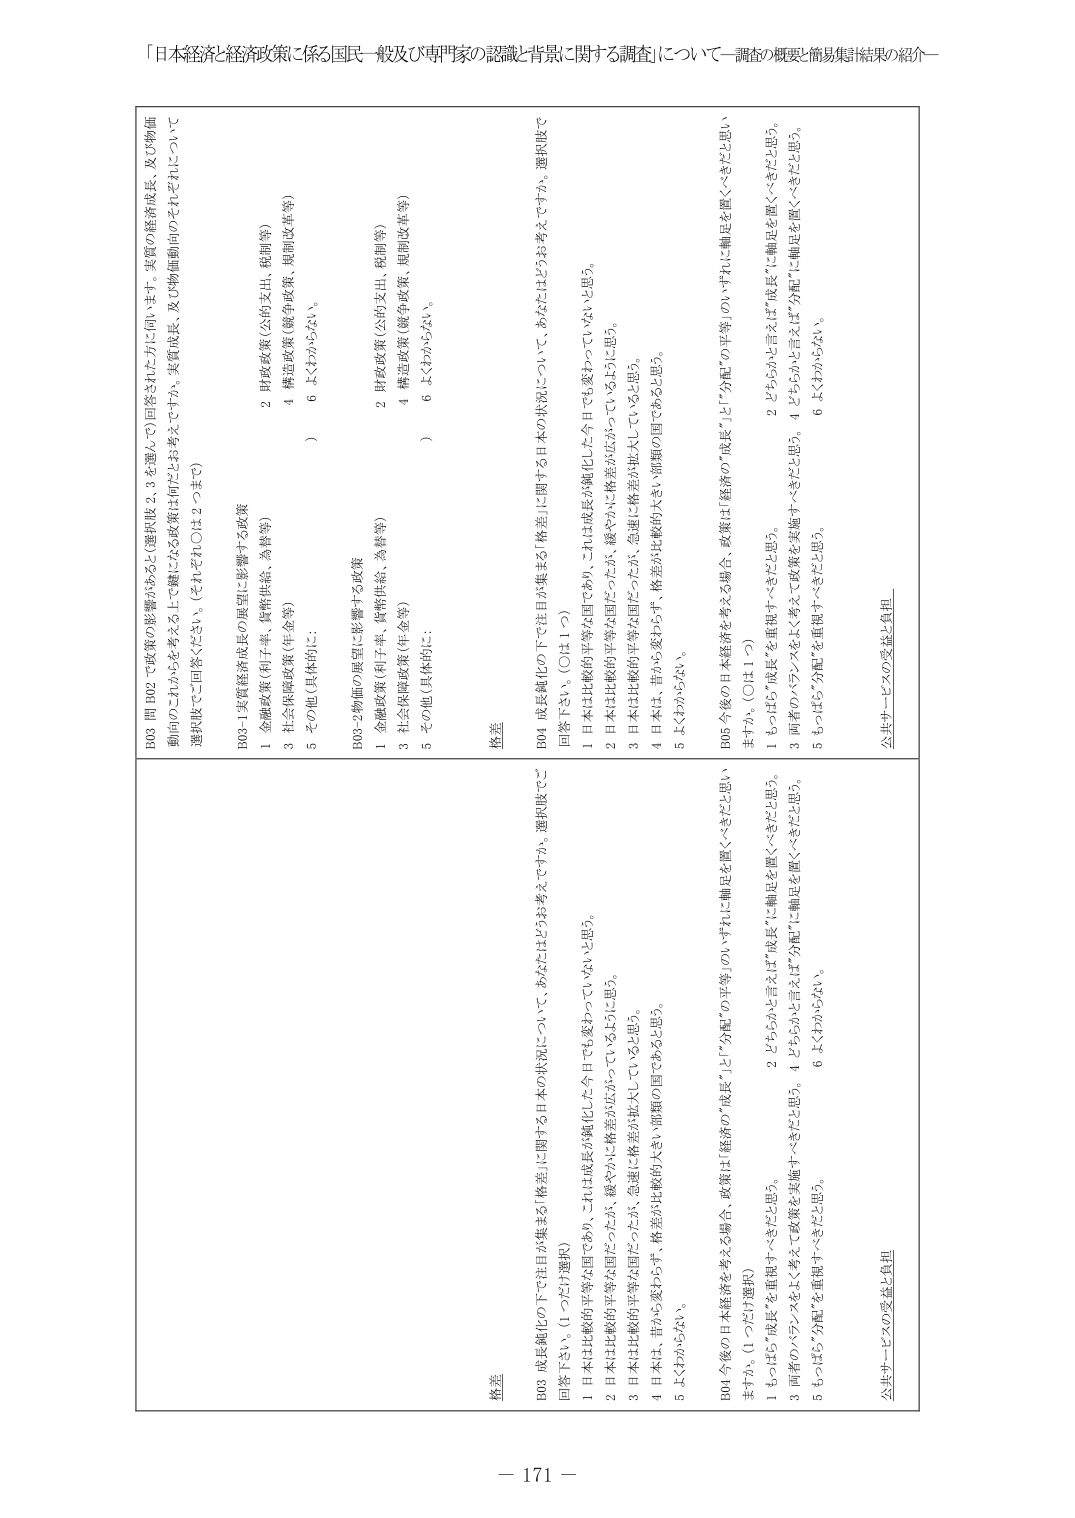
「日本経済と経済政策に係る国民一般及び専門家の認識と背景に関する調査」について－調査の概要・簡易集計結果の紹介－

B03 問 B02 で政策の影響があると（選択肢 2, 3 を選んで）回答された方に伺います。実質の経済成長、及び物価
動向のこれからを考える上で鍵になる政策は何だとお考えですか。実質成長、及び物価動向のそれぞれについて
選択肢でご回答ください。（それぞれ〇は 2 つまで）

B03-1 実質経済成長の展望に影響する政策
1 金融政策（利子率、貨幣供給、為替等）
3 社会保障政策（年金等）
5 その他（具体的に：　　　　　　　　　　）

B03-2 物価の展望に影響する政策
1 金融政策（利子率、貨幣供給、為替等）
3 社会保障政策（年金等）
5 その他（具体的に：　　　　　　　　　　）

B04 今後の日本経済を考える場合、政策は「経済の“成長”」と「“分配”の平等」のいずれに軸足を置くべきだと思い
ますか。（1 つだけ選択）
1 もっぱら“成長”を重視すべきだと思う。
2 どちらかと言えば“成長”に軸足を置くべきだと思う。
3 両者のバランスをよく考えて政策を実施すべきだと思う。
5 もっぱら“分配”を重視すべきだと思う。
6 わからない。

公共サービスの受益と負担

格差

B03 成長観化の下で注目が集まる「格差」に関する日本の状況について、あなたはどうお考えですか。選択肢でご
回答下さい。（1 つだけ選択）
1 日本は比較的平等な国であり、これは成長が強化した今日でも変わっていないと思う。
2 日本は比較的平等な国だったが、緩やかに格差が広がっているように思う。
3 日本は比較的平等な国だったが、急速に格差が拡大していると思う。
4 日本は、昔から変わらず、格差が比較的大きい滞留的国であると思う。
5 わからない。

B04 今後の日本経済を考える場合、政策は「経済の“成長”」と「“分配”の平等」のいずれに軸足を置くべきだと思い
ますか。（〇は 1 つ）
1 もっぱら“成長”を重視すべきだと思う。
2 どちらかと言えば“成長”に軸足を置くべきだと思う。
3 両者のバランスをよく考えて政策を実施すべきだと思う。
4 どちらかと言えば“分配”に軸足を置くべきだと思う。
5 もっぱら“分配”を重視すべきだと思う。
6 わからない。

公共サービスの受益と負担

格差

B03 成長観化の下で注目が集まる「格差」に関する日本の状況について、あなたはどうお考えですか。選択肢で
回答下さい。（〇は 1 つ）
1 日本は比較的平等な国であり、これは成長が強化した今日でも変わっていないと思う。
2 日本は比較的平等な国だったが、緩やかに格差が広がっているように思う。
3 日本は比較的平等な国だったが、急速に格差が拡大していると思う。
4 日本は、昔から変わらず、格差が比較的大きい滞留的国であると思う。
5 わからない。

B04 今後の日本経済を考える場合、政策は「経済の“成長”」と「“分配”の平等」のいずれに軸足を置くべきだと思い
ますか。（〇は 1 つ）
1 もっぱら“成長”を重視すべきだと思う。
2 どちらかと言えば“成長”に軸足を置くべきだと思う。
3 両者のバランスをよく考えて政策を実施すべきだと思う。
4 どちらかと言えば“分配”に軸足を置くべきだと思う。
5 もっぱら“分配”を重視すべきだと思う。
6 わからない。

公共サービスの受益と負担

－ 171 －